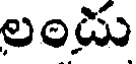
లండు